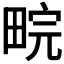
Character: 𬏉